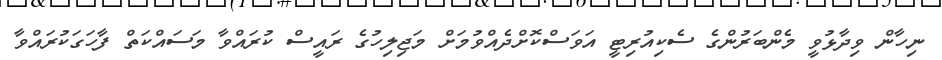
ނިހާން ވިދާޅުވީ މެންބަރުންގެ ސެކިއުރިޓީ އަވަސްކޮށްދެއްވުމަށް މަޖިލިހުގެ ރައީސް ކުރައްވާ މަސައްކަތް ފާހަގަކުރައްވާ